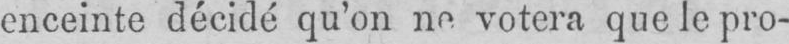
enceinte décidé qu’on ne votera que le pro-